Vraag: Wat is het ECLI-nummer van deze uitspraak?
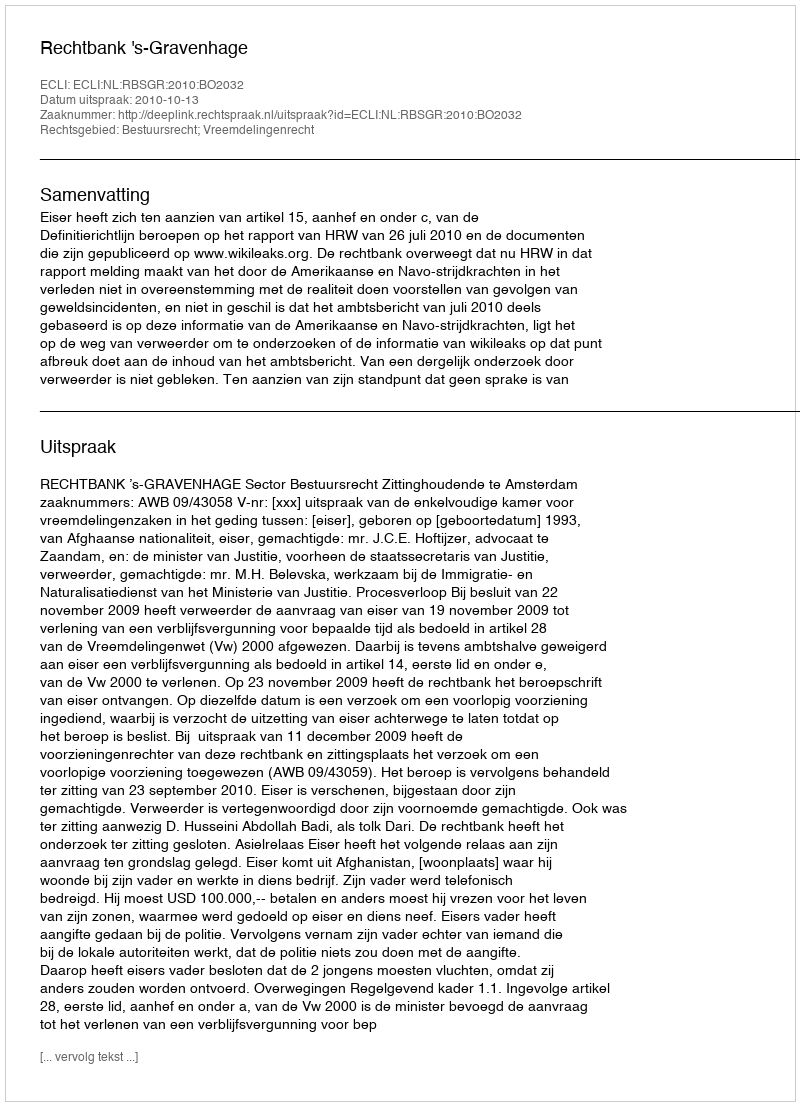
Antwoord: ECLI:NL:RBSGR:2010:BO2032